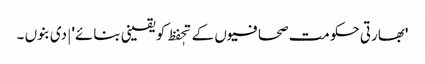
'بھارتی حکومت صحافیوں کے تحٖفظ کو یقینی بنائے' | دی بنوں ۔